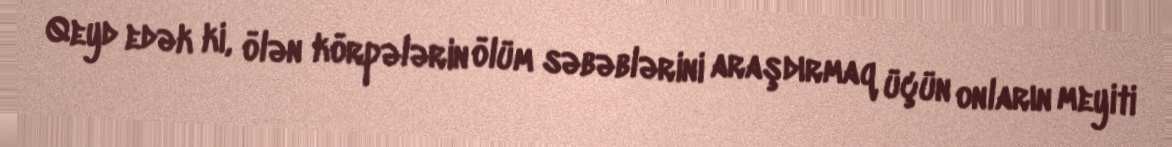
Qeyd edək ki, ölən körpələrin ölüm səbəblərini araşdırmaq üçün onların meyiti